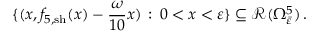
\{ ( x , f _ { 5 , \mathrm { s h } } ( x ) - \frac { \omega } { 1 0 } x ) \, : \, 0 < x < \varepsilon \} \subseteq \mathcal { R } ( \Omega _ { \bar { \varepsilon } } ^ { 5 } ) \, .